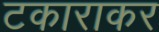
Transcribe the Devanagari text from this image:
टकाराकर